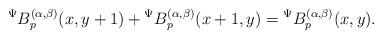
LaTeX: \begin{align*}{}^{\Psi}B_{p}^{(\alpha,\beta)}(x,y+1)+{}^{\Psi}B_{p}^{(\alpha,\beta)}(x+1,y)={}^{\Psi}B_{p}^{(\alpha,\beta)}(x,y).\end{align*}